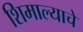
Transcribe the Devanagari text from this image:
शिमाल्याचे